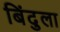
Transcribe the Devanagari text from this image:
बिंदुला